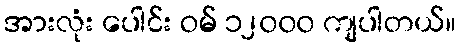
အားလုံး ပေါင်း ဝမ် ၁၂၀၀၀ ကျပါတယ်။